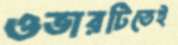
ওভারটিতেই